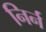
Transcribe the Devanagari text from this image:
निर्न